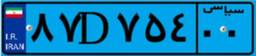
۸۷D۷۵۴۰۰